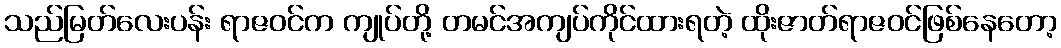
သည်မြတ်လေးပန်း ရာဇဝင်က ကျုပ်တို့ တမင်အကျပ်ကိုင်ထားရတဲ့ ထိုးဇာတ်ရာဇဝင်ဖြစ်နေတော့